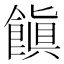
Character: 𩝻